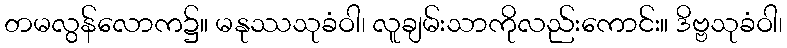
တမလွန်လောက၌။ မနုဿသုခံဝါ၊ လူချမ်းသာကိုလည်းကောင်း။ ဒိဗ္ဗသုခံဝါ၊